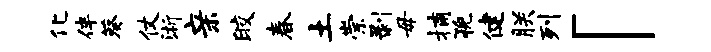
化伴葵仗浙亲皎春土崇剥毋捕猊健朕列「